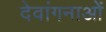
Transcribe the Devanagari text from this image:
देवांगनाओं